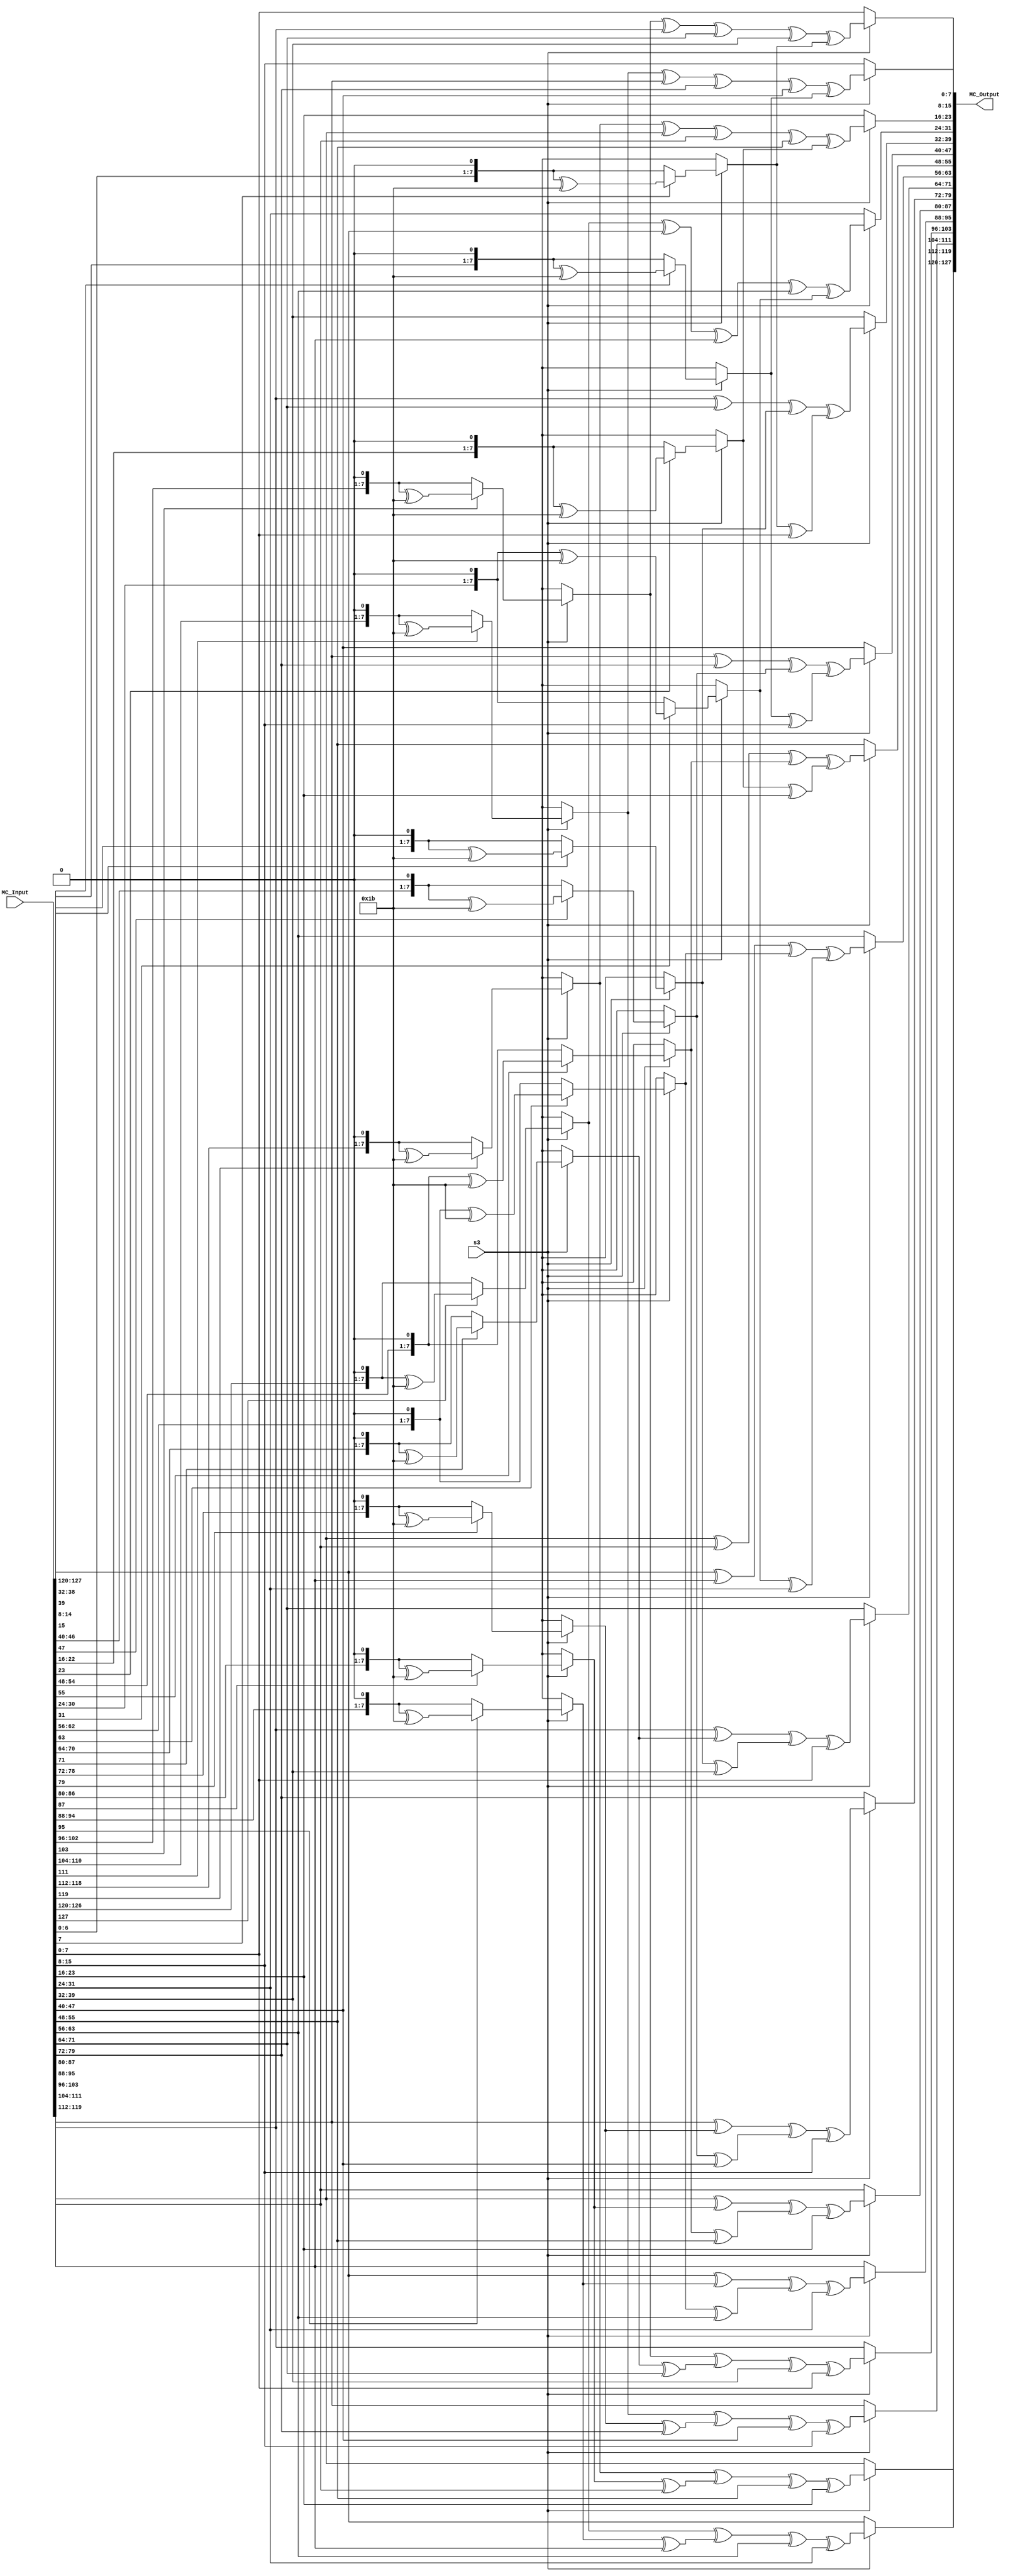
`timescale 1ns / 1ps
//////////////////////////////////////////////////////////////////////////////////
// Company: 
// Engineer: 
// 
// Design Name: 
// Module Name: mixColumns
// Project Name: 
// Target Devices: 
// Tool Versions: 
// Description: 
// 
// Dependencies: 
// 
// Revision:
// Revision 0.01 - File Created
// Additional Comments:
// 
//////////////////////////////////////////////////////////////////////////////////


module mixColumns(  input [127:0] MC_Input, 
					output reg [127:0] MC_Output,
					input s3);
        always @(*)
        begin
             if(s3 ==1)
             begin	
             MC_Output[127:120] <= multiplytwo(MC_Input[127:120])  ^ multiplythree(MC_Input[95:88] ) ^ MC_Input[63:56]  ^ MC_Input[31:24] ;
             MC_Output[119:112] <= multiplytwo(MC_Input[119:112])  ^ multiplythree(MC_Input[87:80] ) ^ MC_Input[55:48]  ^ MC_Input[23:16] ;
             MC_Output[111:104] <= multiplytwo(MC_Input[111:104])  ^ multiplythree(MC_Input[79:72] ) ^ MC_Input[47:40]  ^ MC_Input[15:8] ;
             MC_Output[103:96] <=  multiplytwo(MC_Input[103:96])  ^ multiplythree( MC_Input[71:64] ) ^ MC_Input[39:32]  ^ MC_Input[7:0];
            
             MC_Output[95:88] <=  MC_Input[127:120]  ^ multiplytwo(MC_Input[95:88])  ^ multiplythree( MC_Input[63:56] ) ^ MC_Input [31:24];
             MC_Output[87:80] <=  MC_Input[119:112]  ^ multiplytwo(MC_Input[87:80] ) ^ multiplythree(MC_Input[55:48])  ^ MC_Input[23:16] ;
             MC_Output[79:72] <=  MC_Input[111:104]  ^ multiplytwo(MC_Input[79:72] ) ^ multiplythree(MC_Input[47:40])  ^ MC_Input[15:8] ;
             MC_Output[71:64] <=  MC_Input[103:96]   ^ multiplytwo( MC_Input[71:64] ) ^ multiplythree(MC_Input[39:32])  ^ MC_Input[7:0];
            
             MC_Output[63:56] <= (MC_Input[127:120])  ^ (MC_Input[95:88] ) ^ multiplytwo(MC_Input[63:56])  ^ multiplythree(MC_Input[31:24]);
             MC_Output[55:48] <=  (MC_Input[119:112])  ^ (MC_Input[87:80] ) ^ multiplytwo(MC_Input[55:48])  ^ multiplythree(MC_Input[23:16]);
             MC_Output[47:40] <= (MC_Input[111:104])  ^ (MC_Input[79:72] ) ^ multiplytwo(MC_Input[47:40])  ^ multiplythree(MC_Input[15:8]) ;
             MC_Output[39:32] <=  (MC_Input[103:96])  ^ ( MC_Input[71:64] ) ^ multiplytwo( MC_Input[39:32])  ^ multiplythree(MC_Input[7:0]);
            
             MC_Output[31:24] <=  multiplythree(MC_Input[127:120])  ^ (MC_Input[95:88] ) ^ MC_Input[63:56]  ^ multiplytwo(MC_Input[31:24]);
             MC_Output[23:16] <= multiplythree(MC_Input[119:112])  ^ (MC_Input[87:80] ) ^ MC_Input[55:48]  ^ multiplytwo(MC_Input[23:16]);
             MC_Output[15:8] <=  multiplythree(MC_Input[111:104])  ^ (MC_Input[79:72] ) ^ MC_Input[47:40]  ^ multiplytwo(MC_Input[15:8]) ;
             MC_Output[7:0] <= multiplythree(MC_Input[103:96])  ^ ( MC_Input[71:64] ) ^ MC_Input[39:32]  ^ multiplytwo(MC_Input[7:0]);	
             end
             else MC_Output <= MC_Input;
        end
            
    function automatic [7:0]multiplytwo(input [7:0]toMultiply);
    begin
       if(  toMultiply[7]== 1) multiplytwo = (toMultiply << 1) ^ (8'h1B);
       else multiplytwo = (toMultiply << 1);
    end
    endfunction
    
    function automatic [7:0]multiplythree(input [7:0]toMultiply);
    begin
       multiplythree = multiplytwo(toMultiply) ^ toMultiply;
    end
    endfunction
    
endmodule